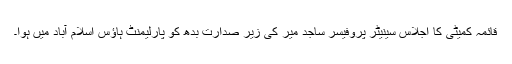
قائمہ کمیٹی کا اجلاس سینیٹر پروفیسر ساجد میر کی زیر صدارت بدھ کو پارلیمنٹ ہاؤس اسلام آباد میں ہوا۔